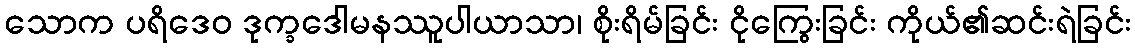
သောက ပရိဒေဝ ဒုက္ခဒေါမနဿူပါယာသာ၊ စိုးရိမ်ခြင်း ငိုကြွေးခြင်း ကိုယ်၏ဆင်းရဲခြင်း